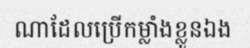
ណាដែលប្រើកម្លាំងខ្លួនឯង